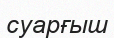
суарғыш